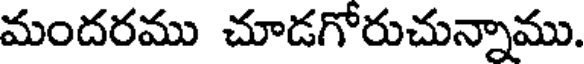
మందరము చూడగోరుచున్నాము.